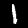
Label: 1